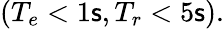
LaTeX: (T_{e}<1\mathsf{s},T_{r}<5\mathsf{s}).